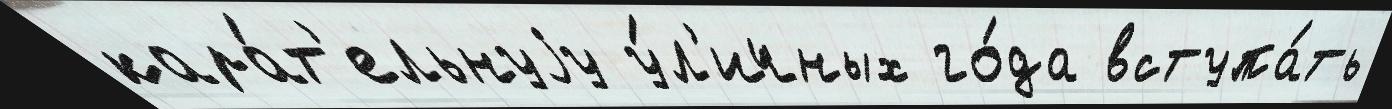
кара́т'ельнуjу у́л'ичных го́да вступа́ть